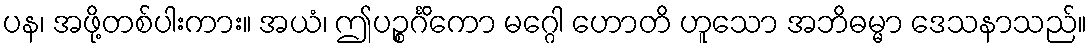
ပန၊ အဖို့တစ်ပါးကား။ အယံ၊ ဤပဉ္စင်္ဂိကော မဂ္ဂေါ ဟောတိ ဟူသော အဘိဓမ္မာ ဒေသနာသည်။